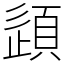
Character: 𫖠